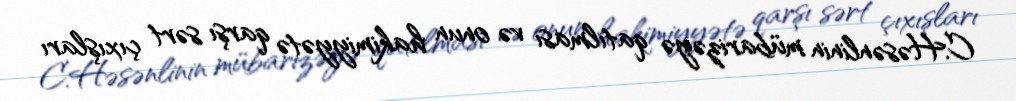
C.Həsənlinin mübarizəyə qatılması və onun hakimiyyətə qarşı sərt çıxışları